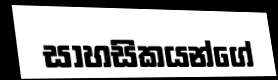
සාහසිකයන්ගේ